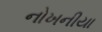
નોખનીયા